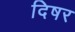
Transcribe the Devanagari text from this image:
दिषर